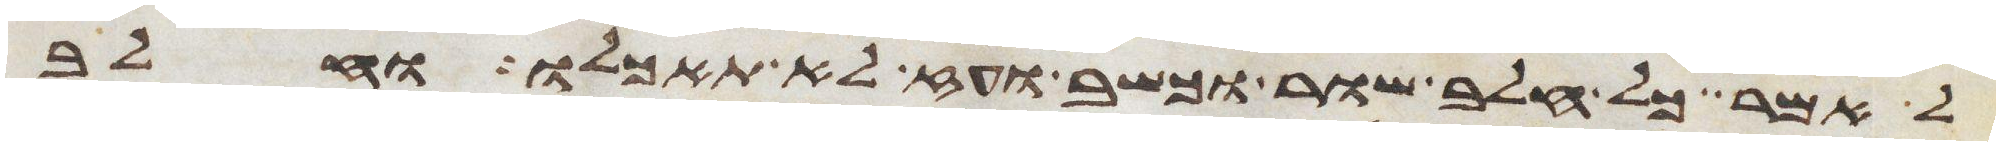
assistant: לאמר כל חלב שור וכשב ועז לא תאכלו וחלב